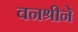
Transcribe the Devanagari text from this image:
वनश्रीने